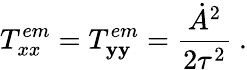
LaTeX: T_{xx}^{em}=T_{\mathbf{y}\mathbf{y}}^{em}=\frac{{\dot{{A}}^{2}}}{{2\tau^{2}}}\ .